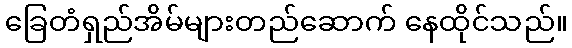
ခြေတံရှည်အိမ်များတည်ဆောက် နေထိုင်သည်။